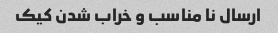
ارسال نا مناسب و خراب شدن کیک